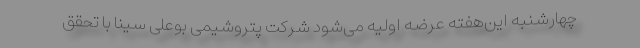
چهارشنبه این‌هفته عرضه اولیه می‌شود شرکت پتروشیمی بوعلی سینا با تحقق